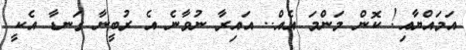
އަމައްޔާއި! ކޮން މަންމަ އެއް.. އައިރާ ނުވާނެ އެ ރުބީނާ ގަނޑާ އެކީ